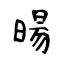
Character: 暘